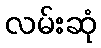
လမ်းဆုံ